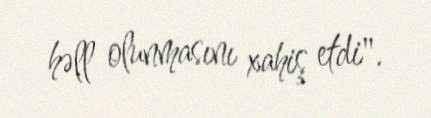
həll olunmasını xahiş etdi".